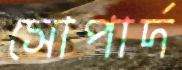
সোপার্দ